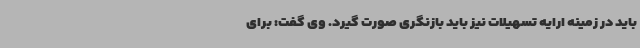
باید در زمینه ارایه تسهیلات نیز باید بازنگری صورت گیرد. وی گفت: برای